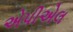
એપીએલ